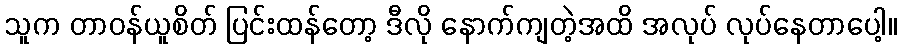
သူက တာဝန်ယူစိတ် ပြင်းထန်တော့ ဒီလို နောက်ကျတဲ့အထိ အလုပ် လုပ်နေတာပေါ့။